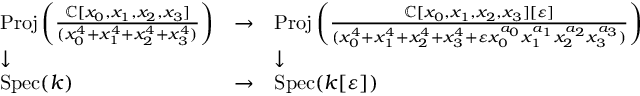
{ \begin{array} { l l l } { \operatorname { P r o j } \left( { \frac { \mathbb { C } [ x _ { 0 } , x _ { 1 } , x _ { 2 } , x _ { 3 } ] } { ( x _ { 0 } ^ { 4 } + x _ { 1 } ^ { 4 } + x _ { 2 } ^ { 4 } + x _ { 3 } ^ { 4 } ) } } \right) } & { \to } & { \operatorname { P r o j } \left( { \frac { \mathbb { C } [ x _ { 0 } , x _ { 1 } , x _ { 2 } , x _ { 3 } ] [ \varepsilon ] } { ( x _ { 0 } ^ { 4 } + x _ { 1 } ^ { 4 } + x _ { 2 } ^ { 4 } + x _ { 3 } ^ { 4 } + \varepsilon x _ { 0 } ^ { a _ { 0 } } x _ { 1 } ^ { a _ { 1 } } x _ { 2 } ^ { a _ { 2 } } x _ { 3 } ^ { a _ { 3 } } ) } } \right) } \\ { \downarrow } & & { \downarrow } \\ { \operatorname { S p e c } ( k ) } & { \to } & { \operatorname { S p e c } ( k [ \varepsilon ] ) } \end{array} }